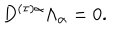
LaTeX: D ^ { ( \tau ) \alpha } \Lambda _ { \alpha } = 0 .